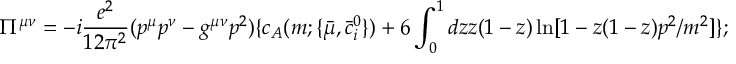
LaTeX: \Pi ^ { \mu \nu } = - i \frac { e ^ { 2 } } { 1 2 \pi ^ { 2 } } ( p ^ { \mu } p ^ { \nu } - g ^ { \mu \nu } p ^ { 2 } ) \{ c _ { A } ( m ; \{ { \bar { \mu } } , { \bar { c } } _ { i } ^ { 0 } \} ) + 6 \int _ { 0 } ^ { 1 } d z z ( 1 - z ) \ln [ 1 - z ( 1 - z ) p ^ { 2 } / m ^ { 2 } ] \} ;